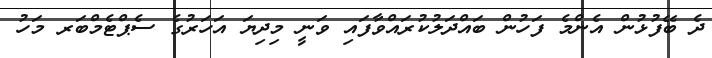
ދެ ބޭފުޅުން އެންމެ ފަހުން ބައްދަލުކުރައްވާފައި ވަނީ މިދިޔަ އަހަރުގެ ސެޕްޓެމްބަރ މަހު